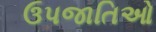
ઉપજાતિઓ